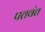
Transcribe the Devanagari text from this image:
पतवंत